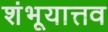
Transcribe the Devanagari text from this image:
शंभूयात्तव